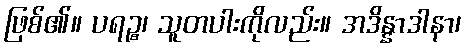
ဖြစ်၏။ ပရဉ္စ၊ သူတပါးကိုလည်း။ အဒိန္နာဒါနာ၊